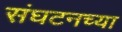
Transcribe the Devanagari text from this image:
संघटनच्या